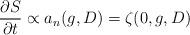
LaTeX: \begin{align*} \frac{\partial S}{\partial t} \propto a_n(g, D) = \zeta(0, g, D) \end{align*}